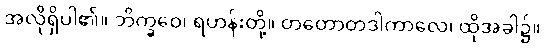
အလိုရှိပါ၏။ ဘိက္ခဝေ၊ ရဟန်းတို့။ တတောတဒါကာလေ၊ ထိုအခါ၌။